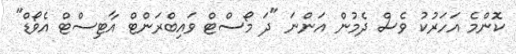
ކޮންމެ އަހަރުކު ވެސް ދެމުން އަންނަ "ދަ މޯސްޓް ވައިބްރަންޓް އާޓިސްޓް އެވޯޑް"